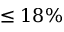
\leq 1 8 \%